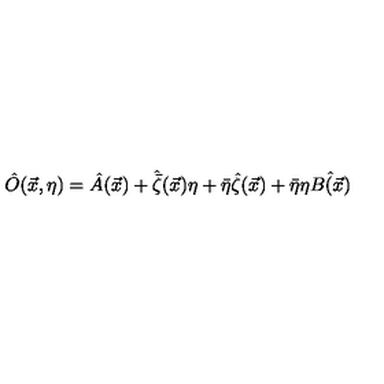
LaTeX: \hat { O } ( \vec { x } , \eta ) = \hat { A } ( \vec { x } ) + \hat { \bar { \zeta } } ( \vec { x } ) \eta + \bar { \eta } \hat { \zeta } ( \vec { x } ) + \bar { \eta } \eta \hat { B ( \vec { x } ) }